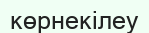
көрнекілеу